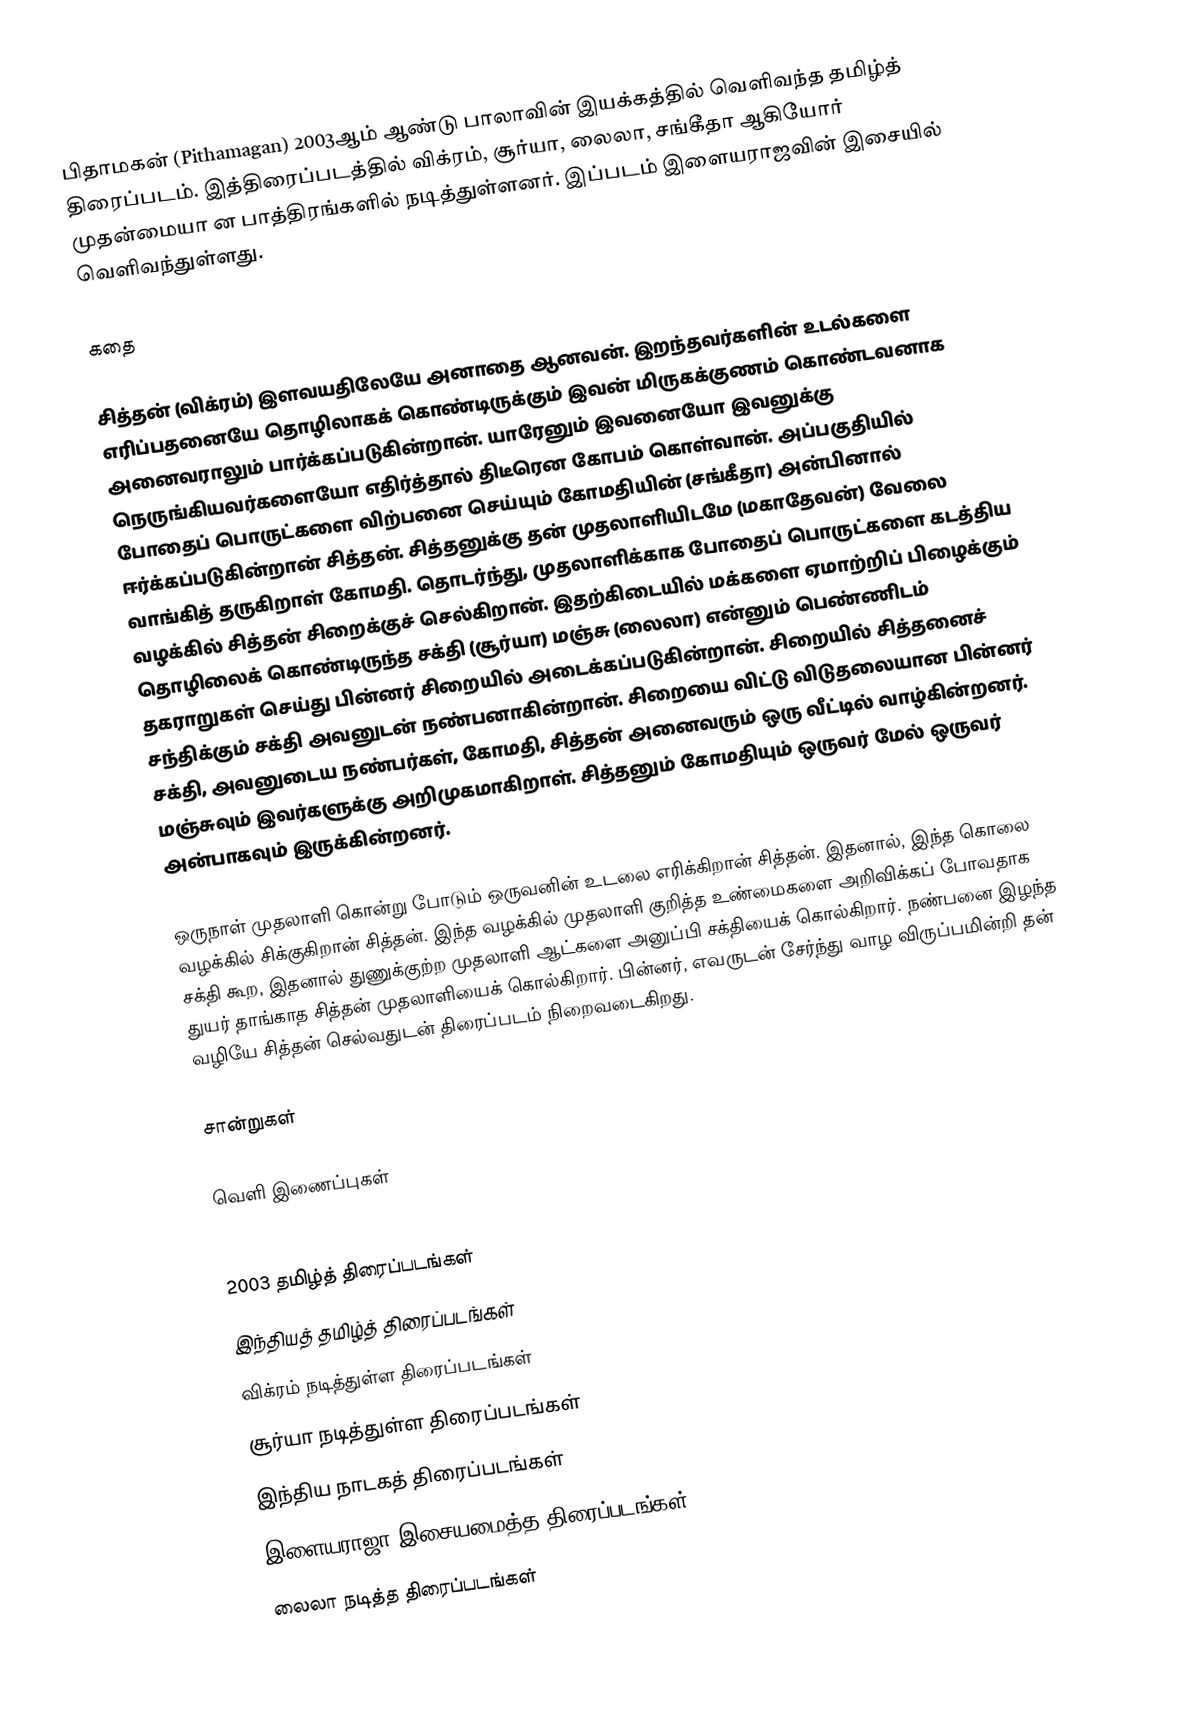
பிதாமகன் (Pithamagan) 2003ஆம் ஆண்டு பாலாவின் இயக்கத்தில் வெளிவந்த தமிழ்த் திரைப்படம். இத்திரைப்படத்தில் விக்ரம், சூர்யா, லைலா, சங்கீதா ஆகியோர் முதன்மையா ன பாத்திரங்களில் நடித்துள்ளனர். இப்படம் இளையராஜவின் இசையில் வெளிவந்துள்ளது.

கதை

சித்தன் (விக்ரம்) இளவயதிலேயே அனாதை ஆனவன். இறந்தவர்களின் உடல்களை எரிப்பதனையே தொழிலாகக் கொண்டிருக்கும் இவன் மிருகக்குணம் கொண்டவனாக அனைவராலும் பார்க்கப்படுகின்றான். யாரேனும் இவனையோ இவனுக்கு நெருங்கியவர்களையோ எதிர்த்தால் திடீரென கோபம் கொள்வான். அப்பகுதியில் போதைப் பொருட்களை விற்பனை செய்யும் கோமதியின் (சங்கீதா) அன்பினால் ஈர்க்கப்படுகின்றான் சித்தன். சித்தனுக்கு தன் முதலாளியிடமே (மகாதேவன்) வேலை வாங்கித் தருகிறாள் கோமதி. தொடர்ந்து, முதலாளிக்காக போதைப் பொருட்களை கடத்திய வழக்கில் சித்தன் சிறைக்குச் செல்கிறான். இதற்கிடையில் மக்களை ஏமாற்றிப் பிழைக்கும் தொழிலைக் கொண்டிருந்த சக்தி (சூர்யா) மஞ்சு (லைலா) என்னும் பெண்ணிடம் தகராறுகள் செய்து பின்னர் சிறையில் அடைக்கப்படுகின்றான். சிறையில் சித்தனைச் சந்திக்கும் சக்தி அவனுடன் நண்பனாகின்றான். சிறையை விட்டு விடுதலையான பின்னர் சக்தி, அவனுடைய நண்பர்கள், கோமதி, சித்தன் அனைவரும் ஒரு வீட்டில் வாழ்கின்றனர். மஞ்சுவும் இவர்களுக்கு அறிமுகமாகிறாள். சித்தனும் கோமதியும் ஒருவர் மேல் ஒருவர் அன்பாகவும் இருக்கின்றனர்.

ஒருநாள் முதலாளி கொன்று போடும் ஒருவனின் உடலை எரிக்கிறான் சித்தன். இதனால், இந்த கொலை வழக்கில் சிக்குகிறான் சித்தன். இந்த வழக்கில் முதலாளி குறித்த உண்மைகளை அறிவிக்கப் போவதாக சக்தி கூற, இதனால் துணுக்குற்ற முதலாளி ஆட்களை அனுப்பி சக்தியைக் கொல்கிறார். நண்பனை இழந்த துயர் தாங்காத சித்தன் முதலாளியைக் கொல்கிறார். பின்னர், எவருடன் சேர்ந்து வாழ விருப்பமின்றி தன் வழியே சித்தன் செல்வதுடன் திரைப்படம் நிறைவடைகிறது.

சான்றுகள்

வெளி இணைப்புகள்

2003 தமிழ்த் திரைப்படங்கள்
இந்தியத் தமிழ்த் திரைப்படங்கள்
விக்ரம் நடித்துள்ள திரைப்படங்கள்
சூர்யா நடித்துள்ள திரைப்படங்கள்
இந்திய நாடகத் திரைப்படங்கள்
இளையராஜா இசையமைத்த திரைப்படங்கள்
லைலா நடித்த திரைப்படங்கள்